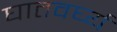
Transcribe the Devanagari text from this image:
घातवर्घ्य